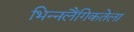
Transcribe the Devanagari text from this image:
भिन्नलैंगिकतेला